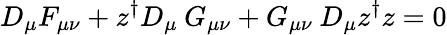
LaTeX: D_{\mu}F_{\mu\nu}+z^{\dagger}D_{\mu}\: G_{\mu\nu}+G_{\mu\nu}\: D_{\mu}z^{\dagger}z=0